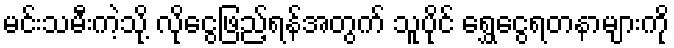
မင်းသမီးကဲ့သို့ လိုငွေဖြည့်ရန်အတွက် သူပိုင် ရွှေငွေရတနာများကို